画像に写った文字を読んでください
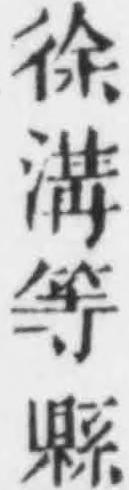
「徐溝等縣」と書いてあります